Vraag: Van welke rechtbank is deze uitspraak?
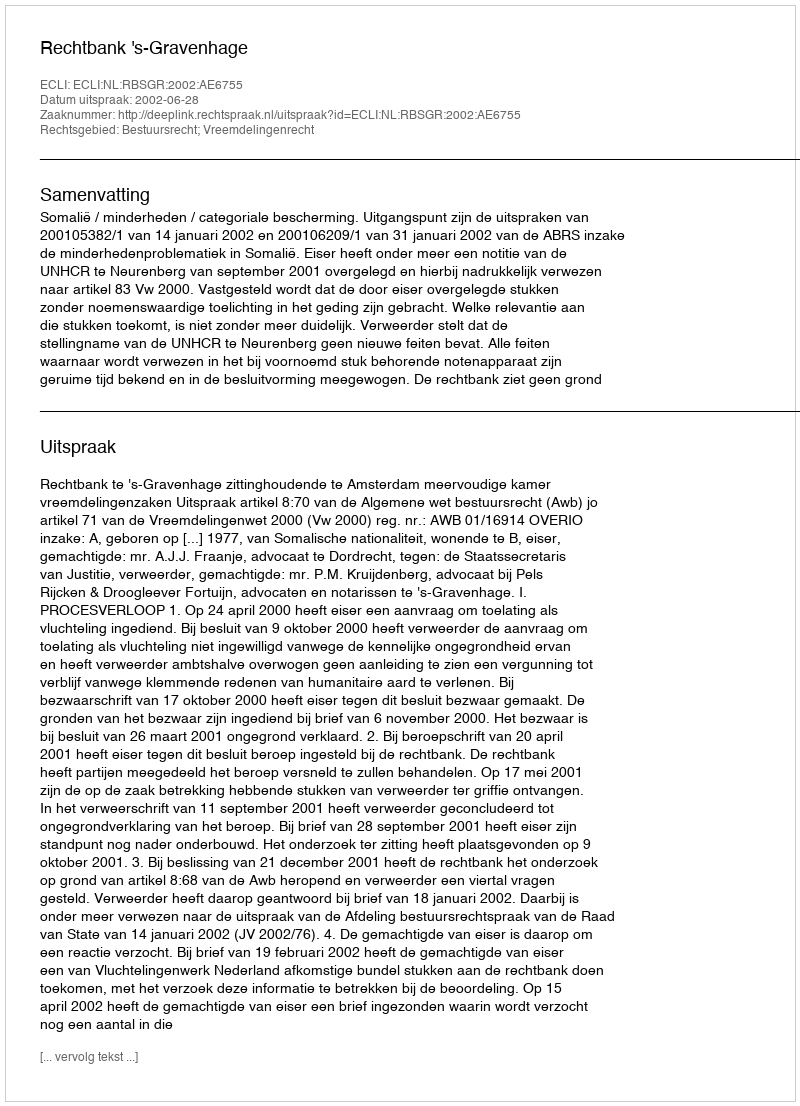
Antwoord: Rechtbank 's-Gravenhage